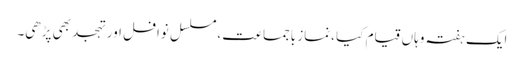
ایک ہفتہ وہاں قیام کیا ،نماز باجماعت ،مسلسل نوافل اور تہجد بھی پڑھی۔